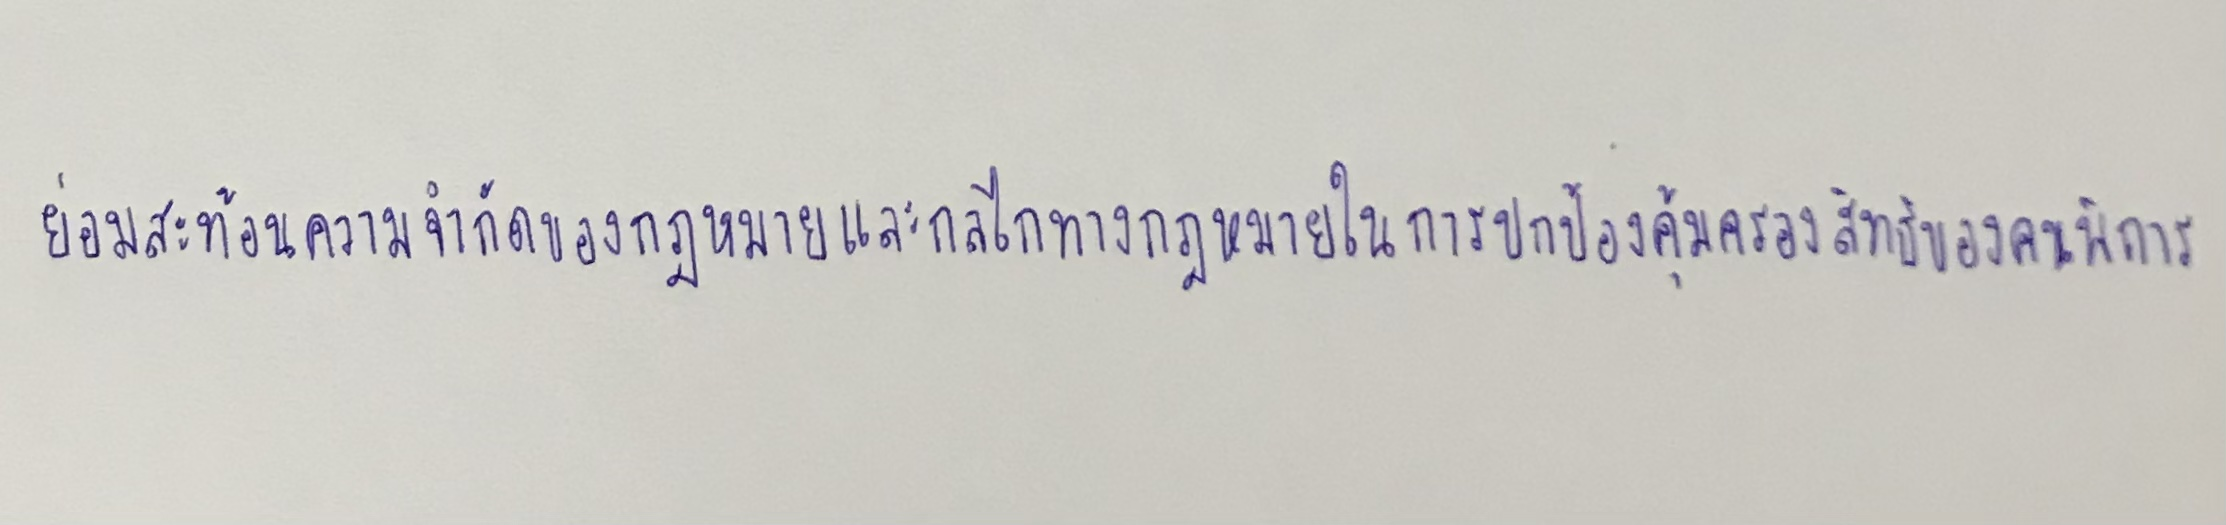
ย่อมสะท้อนความจำกัดของกฎหมายและกลไกทางกฎหมายในการปกป้องคุ้มครองสิทธิของคนพิการ